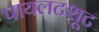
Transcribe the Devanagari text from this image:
पायलटशूट